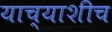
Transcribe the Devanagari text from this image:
याच्याशीच